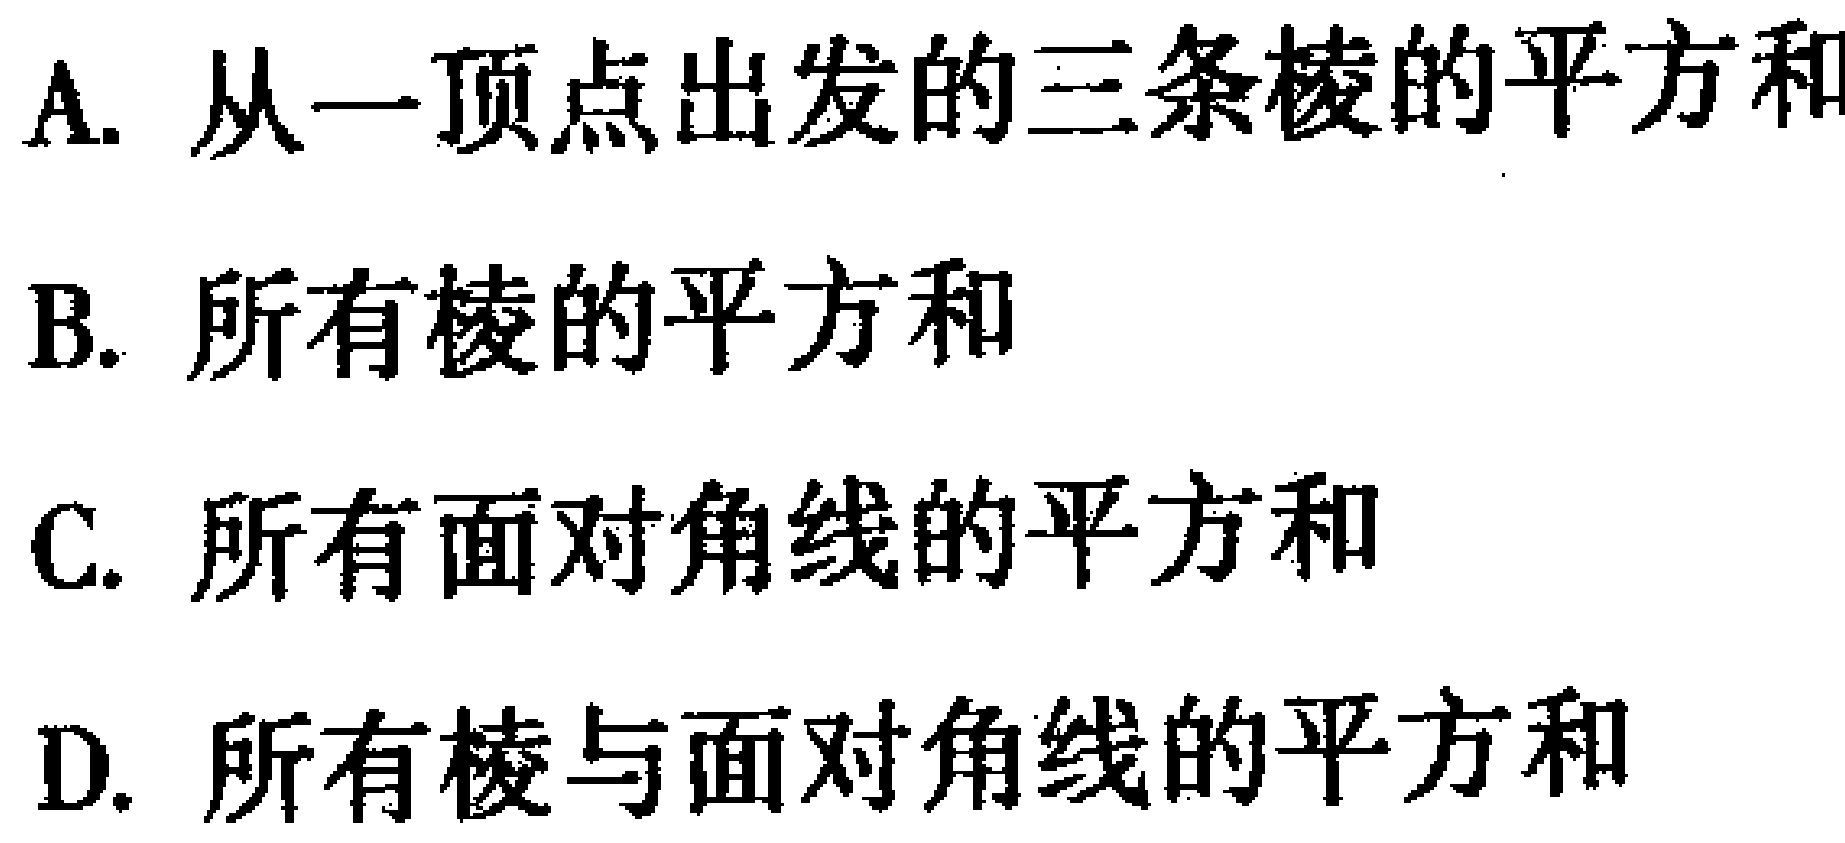
A. 从一顶点出发的三条棱的平方和
B. 所有棱的平方和
C. 所有面对角线的平方和
D. 所有棱与面对角线的平方和